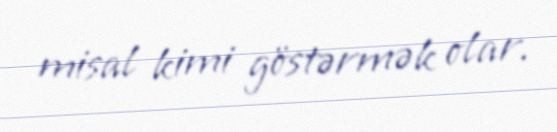
misal kimi göstərmək olar.